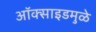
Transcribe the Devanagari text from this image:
ऑक्साइडमुळे